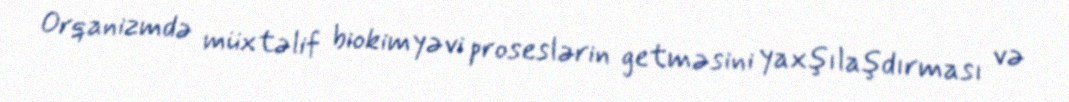
Orqanizmdə müxtəlif biokimyəvi proseslərin getməsini yaxşılaşdırması və